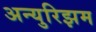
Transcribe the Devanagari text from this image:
अन्युरिझम